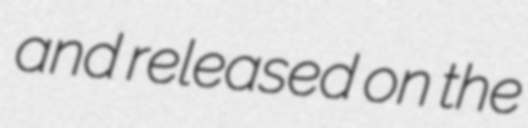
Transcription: and released on the